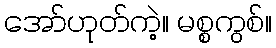
အော်ဟုတ်ကဲ့။ မစ္စကွစ်။